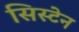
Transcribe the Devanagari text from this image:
सिस्टेन